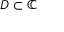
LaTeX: D \subset \mathbb { C }